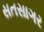
સતસાગર